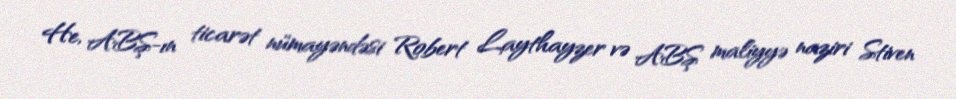
He, ABŞ-ın ticarət nümayəndəsi Robert Laythayzer və ABŞ maliyyə naziri Stiven